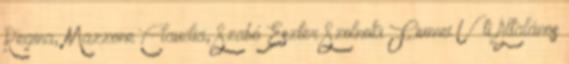
Regina, Mazzone Claudia, Szabó Eszter Szolnoki Fiumei Úti Általános